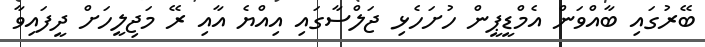
ބޭރުގައި ބާއްވަން އެމްޑީޕީން ހުށަހެޅި ޖަލްސާގައި އިއްޔެ އާއި ރޭ މަޖިލީހަށް ދީފައިވާ